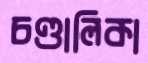
চণ্ডালিকা